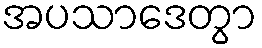
အပသာဒေတွာ